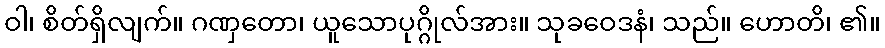
ဝါ၊ စိတ်ရှိလျက်။ ဂဏှတော၊ ယူသောပုဂ္ဂိုလ်အား။ သုခဝေဒနံ၊ သည်။ ဟောတိ၊ ၏။